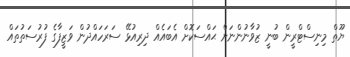
ޔޫތް މިނިސްޓްރީން ބުނީ ޒުވާނުންނަށް ޙައްސަކޮށް އެބައެއް ދިރިއުޅޭ ސަރަހައްދުން ވަޒީފާގެ ފުރުސަތުތައް